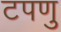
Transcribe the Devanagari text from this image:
टपणु